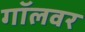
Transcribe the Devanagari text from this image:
गॉलवर